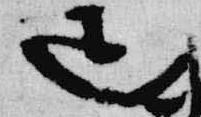
疋